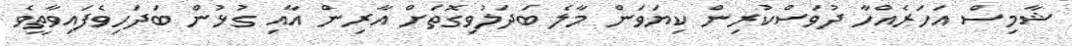
ޝާމިސް އަހަރެއްހާ ދުވަސްކުރިން ކިޔަވަން މާލެ ބަދަލުވިގޮތަށް އާރިން އާއި ގުޅުން ބަދަހިވެފައިވާތީވެ